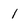
Character: 1